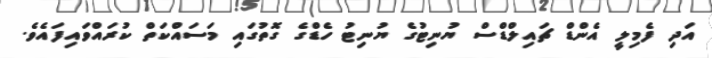
އަދި ފެމިލީ އެންޑް ޗައިލްޑްސް ޔުނިޓުގެ ޔުނިޓު ހެޑްގެ ގޮތުގައި މަސައްކަތް ކުރައްވައިފައެވެ.